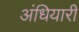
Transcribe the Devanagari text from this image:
अंधियारी